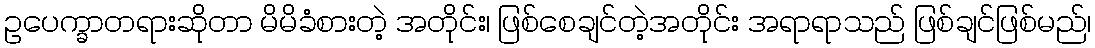
ဥပေက္ခာတရားဆိုတာ မိမိခံစားတဲ့ အတိုင်း၊ ဖြစ်စေချင်တဲ့အတိုင်း အရာရာသည် ဖြစ်ချင်ဖြစ်မည်၊